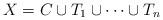
LaTeX: \begin{align*}X = C \cup T_1 \cup \dots \cup T_n\end{align*}